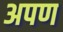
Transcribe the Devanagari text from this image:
अपण